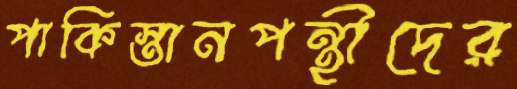
পাকিস্তানপন্থীদের